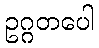
ဥဂ္ဂတပေါ